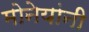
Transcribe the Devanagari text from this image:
मोनेयांनी